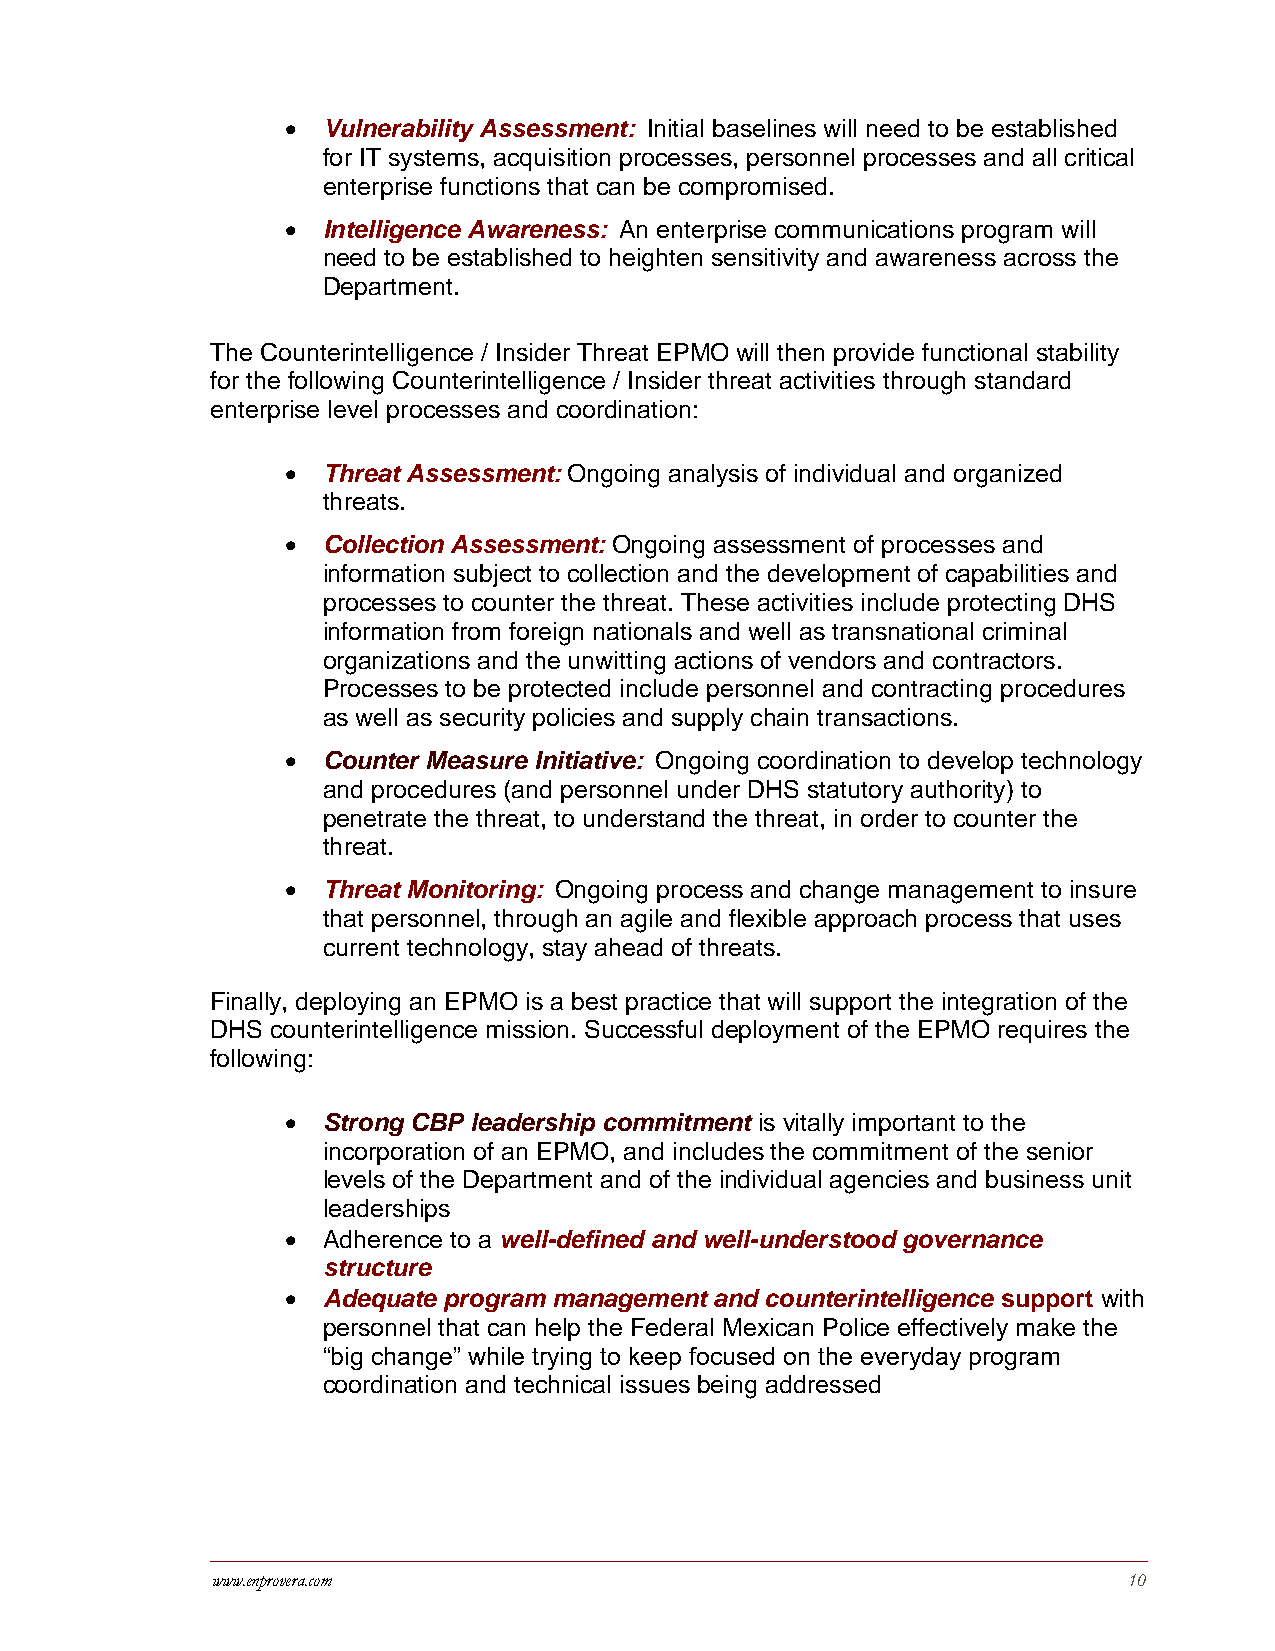
 Vulnerability Assessment: Initial baselines will need to be established
 for IT systems, acquisition processes, personnel processes and all critical
 enterprise functions that can be compromised.
  Intelligence Awareness: An enterprise communications program will
 need to be established to heighten sensitivity and awareness across the
 Department.
 The Counterintelligence / Insider Threat EPMO will then provide functional stability
 for the following Counterintelligence / Insider threat activities through standard
 enterprise level processes and coordination:
  Threat Assessment: Ongoing analysis of individual and organized
 threats.
  Collection Assessment: Ongoing assessment of processes and
 information subject to collection and the development of capabilities and
 processes to counter the threat. These activities include protecting DHS
 information from foreign nationals and well as transnational criminal
 organizations and the unwitting actions of vendors and contractors.
 Processes to be protected include personnel and contracting procedures
 as well as security policies and supply chain transactions.
  Counter Measure Initiative: Ongoing coordination to develop technology
 and procedures (and personnel under DHS statutory authority) to
 penetrate the threat, to understand the threat, in order to counter the
 threat.
  Threat Monitoring: Ongoing process and change management to insure
 that personnel, through an agile and flexible approach process that uses
 current technology, stay ahead of threats.
 Finally, deploying an EPMO is a best practice that will support the integration of the
 DHS counterintelligence mission. Successful deployment of the EPMO requires the
 following:
  Strong CBP leadership commitment is vitally important to the
 incorporation of an EPMO, and includes the commitment of the senior
 levels of the Department and of the individual agencies and business unit
 leaderships
  Adherence to a well-defined and well-understood governance
 structure
  Adequate program management and counterintelligence support with
 personnel that can help the Federal Mexican Police effectively make the
 “big change” while trying to keep focused on the everyday program
 coordination and technical issues being addressed
 www.enprovera.com                                            10